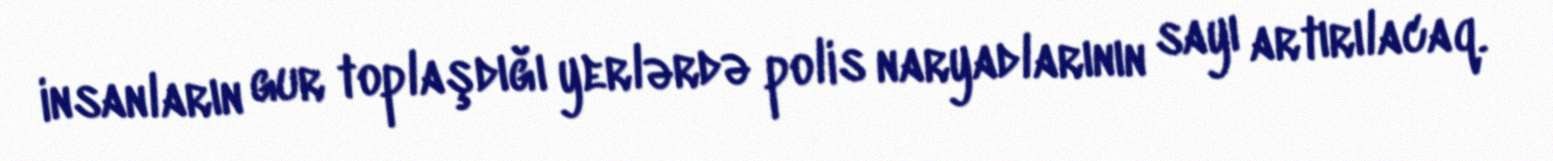
insanların gur toplaşdığı yerlərdə polis naryadlarının sayı artırılacaq.